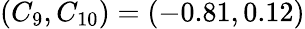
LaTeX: (C_{9},C_{10})=(-0.81,0.12)